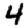
Digit: 4